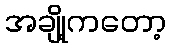
အချို့ကတော့